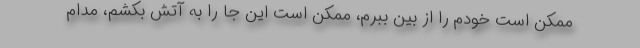
ممکن است خودم را از بین ببرم، ممکن است این جا را به آتش بکشم، مدام